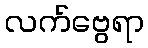
လက်ဗွေရာ